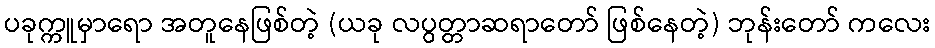
ပခုက္ကူမှာရော အတူနေဖြစ်တဲ့ (ယခု လပွတ္တာဆရာတော် ဖြစ်နေတဲ့) ဘုန်းတော် ကလေး